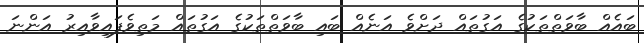
ބައެއް ބާވަތްތަކުގެ އަގުތައް ދަށްވެ އަނެއް ބައި ބާވަތްތަކުގެ އަގުތައް މަތިވެފައިވާއިރު އަންނަ